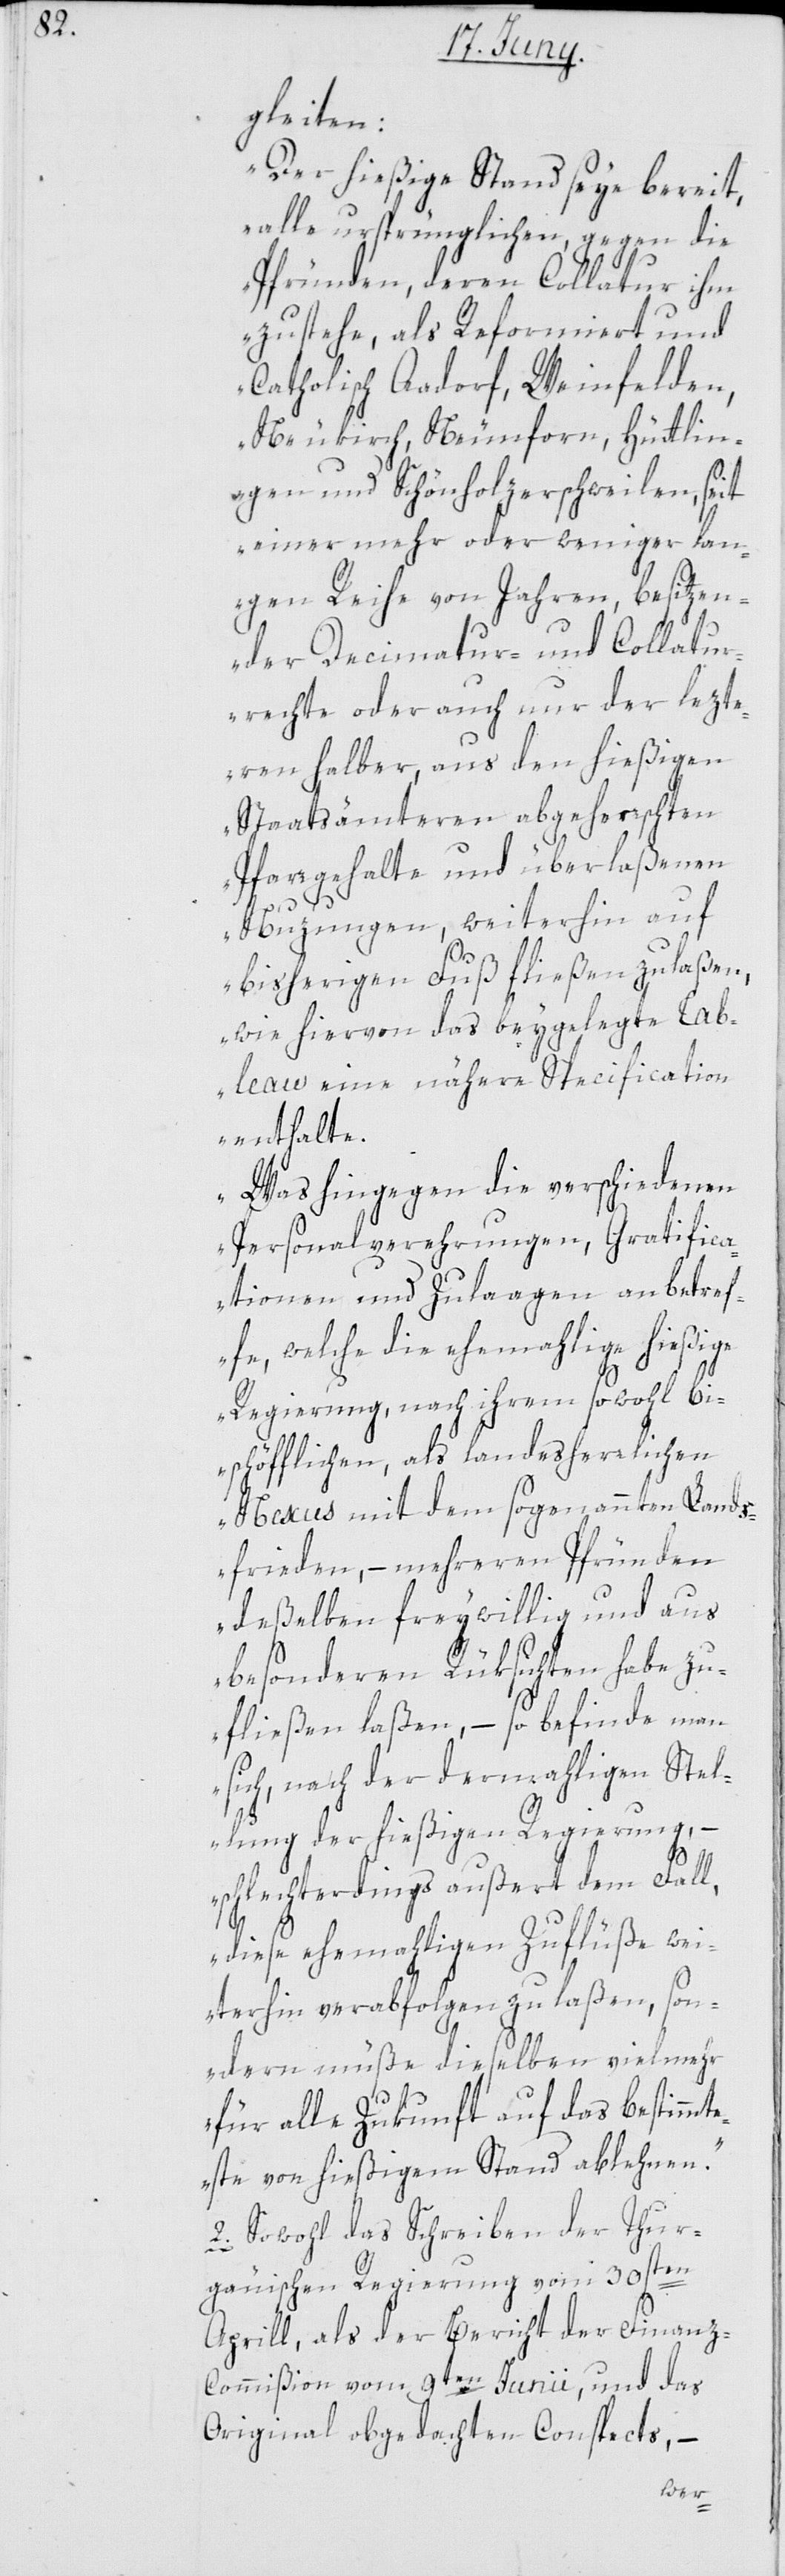
gleiten:
„Der hießige Stand seye bereit,
alle ursprünglichen gegen die
Pfründen, deren Collatur ihm
zustehe, als Reformiert und
Catholisch Aadorf, Weinfelden,
Neukirch, Neunforn, Hüttlin¬
gen und Schönholzerschweilen, seit
einer mehr oder weniger lan¬
gen Reihe von Jahren, besitzen¬
der Decimatur- und Collatur¬
rechte oder auch nur der lezte¬
ren halber, aus den hießigen
Staatsämteren abgeherrschten
Pfarrgehalte und überlaßenen
Nuzungen, weiterhin auf
bisherigen Fuß fließen zu laßen,
wie hiervon das beygelegte Tab¬
leau eine nähere Specification
enthalte.
Was hingegen die verschiedenen
Personalverehrungen, Gratifica¬
tionen und Zulaagen anbetref¬
fe, welche die ehemalige hießige
Regierung, nach ihrem sowohl bi¬
schöfflichen als landesherrlichen
Nexus mit dem sogenannten Lands¬
frieden, – mehreren Pfründen
deßelben freywillig und aus
besonderen Rüksichten habe zu¬
fließen laßen, – so befinde man
sich, nach der dermahligen Stel¬
lung der hießigen Regierung, –
schlechterdings außert dem Fall,
diese ehemaligen Zuflüße wei¬
terhin verabfolgen zu laßen, son¬
dern müße dieselben vielmehr
für alle Zukunft auf das bestimmt¬
este von hießigem Stand ablehnen.“
2. Sowohl das Schreiben der Thur¬
gauischen Regierung vom 30sten
Aprill, als der Bericht der Finan¬
z-Commißion vom 9ten Junii, und das
Original obgedachten Conspects, –